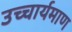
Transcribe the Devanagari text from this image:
उच्चार्यमाण